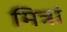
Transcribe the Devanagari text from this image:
मित्रां